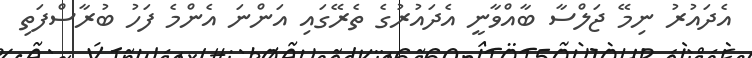
އެދައުރު ނިމޭ ޖަލްސާ ބާއްވާނީ އެދައުރުގެ ތެރޭގައި އަންނަ އެންމެ ފަހު ބުރާސްފަތި